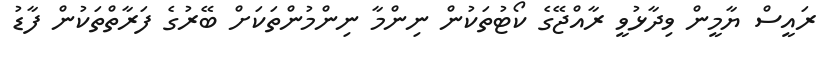
ރައީސް ޔާމީން ވިދާޅުވީ ރާއްޖޭގެ ކޯޓުތަކުން ނިންމާ ނިންމުންތަކަށް ބޭރުގެ ފަރާތްތަކުން ފާޑު